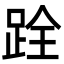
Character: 跧